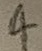
Text: 4